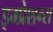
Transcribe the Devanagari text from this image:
इम्प्रेशन्स